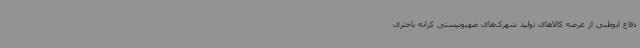
دفاع ابوظبی از عرضه کالاهای تولید شهرک‌های صهیونیستی کرانه باختری